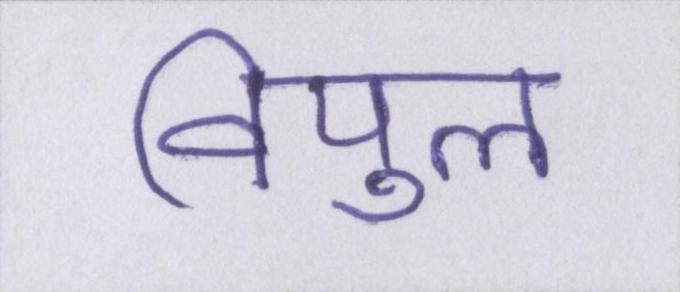
विपुल